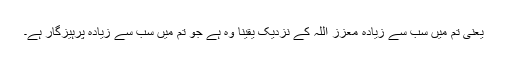
‌ یعنی تم میں سب سے زیادہ معزز اللہ کے نزدیک یقینا وہ ہے جو تم میں سب سے زیادہ پرہیزگار ہے۔